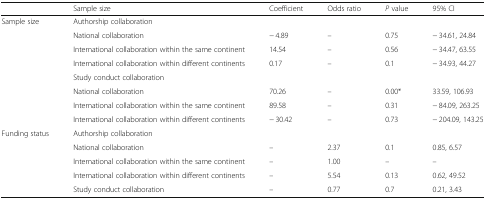
|  | Sample size | Coefficient | Odds ratio | P value | 95% CI |
 | --- | --- | --- | --- | --- | --- |
 | <ROWSPAN=8> Sample size | <COLSPAN=5> Authorship collaboration |
 | National collaboration | − 4.89 | – | 0.75 | − 34.61, 24.84 |
 | International collaboration within the same continent | 14.54 | – | 0.56 | − 34.47, 63.55 |
 | International collaboration within different continents | 0.17 | – | 0.1 | − 34.93, 44.27 |
 | <COLSPAN=5> Study conduct collaboration |
 | National collaboration | 70.26 | – | 0.00* | 33.59, 106.93 |
 | International collaboration within the same continent | 89.58 | – | 0.31 | − 84.09, 263.25 |
 | International collaboration within different continents | − 30.42 | – | 0.73 | − 204.09, 143.25 |
 | <ROWSPAN=5> Funding status | <COLSPAN=5> Authorship collaboration |
 | National collaboration | – | 2.37 | 0.1 | 0.85, 6.57 |
 | International collaboration within the same continent | – | 1.00 | – | – |
 | International collaboration within different continents | – | 5.54 | 0.13 | 0.62, 49.52 |
 | Study conduct collaboration | – | 0.77 | 0.7 | 0.21, 3.43 |